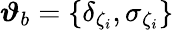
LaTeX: \boldsymbol{\vartheta}_{b}=\{ \delta_{\zeta_{i}},\sigma_{\zeta_{i}}\}